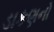
ડાકણનો